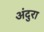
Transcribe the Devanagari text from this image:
अंदुरा